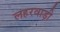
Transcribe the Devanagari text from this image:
लहरवाड़ी